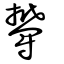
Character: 鬰